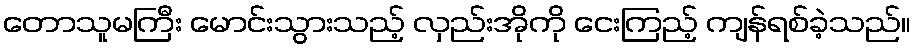
တောသူမကြီး မောင်းသွားသည့် လှည်းအိုကို ငေးကြည့် ကျန်ရစ်ခဲ့သည်။